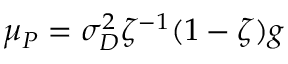
\mu _ { P } = \sigma _ { D } ^ { 2 } \zeta ^ { - 1 } ( 1 - \zeta ) g